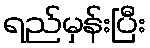
ရည်မှန်းပြီး